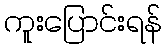
ကူးပြောင်းရန်